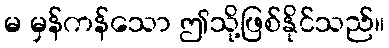
မ မှန်ကန်သော ဤသို့ဖြစ်နိုင်သည်။